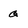
Character: Q